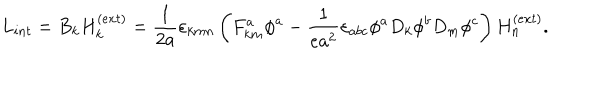
LaTeX: L _ { i n t } = B _ { k } H _ { k } ^ { ( e x t ) } = \frac { 1 } { 2 a } \varepsilon _ { k m n } \left( F _ { k m } ^ { a } \phi ^ { a } - \frac { 1 } { e a ^ { 2 } } \varepsilon _ { a b c } \phi ^ { a } D _ { k } \phi ^ { b } D _ { m } \phi ^ { c } \right) H _ { n } ^ { ( e x t ) } .